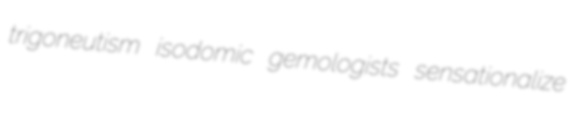
trigoneutism isodomic gemologists sensationalize